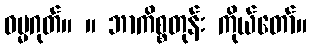
ဓမ္မဂုတ်။ ။ ဘာကိစ္စတုန်း ကိုယ်တော်။